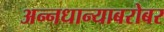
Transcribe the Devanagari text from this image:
अन्नधान्याबरोबर